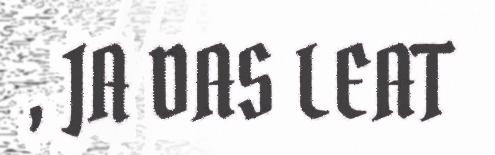
, JA DAS LEAT